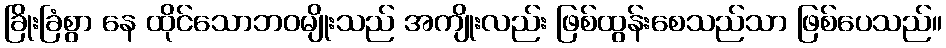
ခြိုးခြံစွာ နေ ထိုင်သောဘဝမျိုးသည် အကျိုးလည်း ဖြစ်ထွန်းစေသည်သာ ဖြစ်ပေသည်။